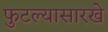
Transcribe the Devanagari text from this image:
फुटल्यासारखे